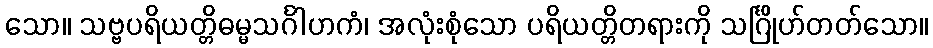
သော။ သဗ္ဗပရိယတ္တိဓမ္မသင်္ဂါဟကံ၊ အလုံးစုံသော ပရိယတ္တိတရားကို သင်္ဂြိုဟ်တတ်သော။